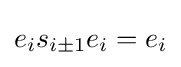
e_{i}s_{i\pm 1}e_{i}=e_{i}